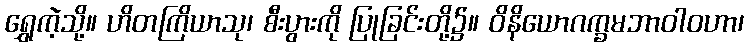
ရွှေကဲ့သို့။ ဟိတကြိယာသု၊ စီးပွားကို ပြုခြင်းတို့၌။ ဝိနိယောဂက္ခမဘာဝါဝဟာ၊